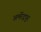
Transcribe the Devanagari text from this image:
अमरेंद्रपुर